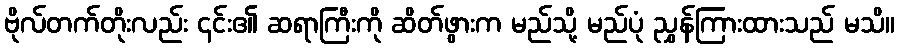
ဗိုလ်တက်တိုးလည်း ၎င်း၏ ဆရာကြီးကို ဆိတ်ဖွားက မည်သို့ မည်ပုံ ညွှန်ကြားထားသည် မသိ။